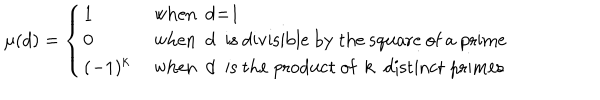
LaTeX: \mu ( d ) = \left\{ \begin{array} { l l } { { 1 } } & { { \mathrm { ~ w h e n ~ d = 1 ~ } } } \\ { { 0 } } & { { \mathrm { ~ w h e n ~ d ~ i s ~ d i v i s i b l e ~ b y ~ t h e ~ s q u a r e ~ o f ~ a ~ p r i m e } } } \\ { { ( - 1 ) ^ { k } } } & { { \mathrm { ~ w h e n ~ d ~ i s ~ t h e ~ p r o d u c t ~ o f ~ k ~ d i s t i n c t ~ p r i m e s } } } \\ \end{array} \right.